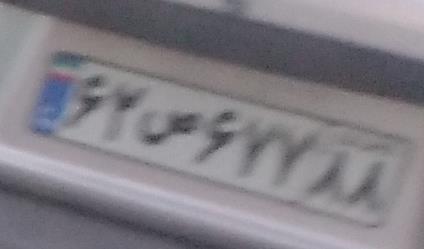
۶۲ص۶۷۷۸۸